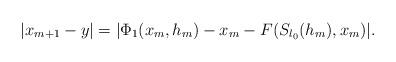
LaTeX: \begin{align*}|x_{m+1}-y|=|\Phi_1(x_m,h_m)-x_m-F(S_{l_0}(h_m),x_m)|.\end{align*}